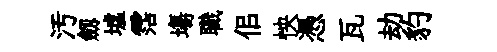
汚劔墟霑塲職佀怏憑瓦劫豹